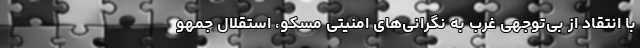
با انتقاد از بی‌توجهی غرب به نگرانی‌های امنیتی مسکو، استقلال جمهو